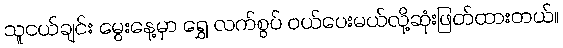
သူငယ်ချင်း မွေးနေ့မှာ ရွှေ လက်စွပ် ဝယ်ပေးမယ်လို့ဆုံးဖြတ်ထားတယ်။